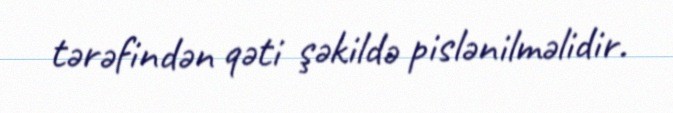
tərəfindən qəti şəkildə pislənilməlidir.